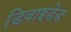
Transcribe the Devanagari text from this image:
डिवाइडेड